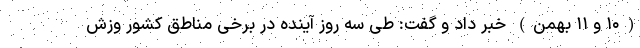
(۱۰ و ۱۱ بهمن) خبر داد و گفت: طی سه روز آینده در برخی مناطق کشور وزش